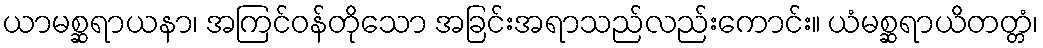
ယာမစ္ဆရာယနာ၊ အကြင်ဝန်တိုသော အခြင်းအရာသည်လည်းကောင်း။ ယံမစ္ဆရာယိတတ္တံ၊